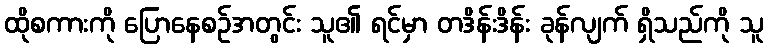
ထိုစကားကို ပြောနေစဉ်အတွင်း သူ၏ ရင်မှာ တဒိန်းဒိန်း ခုန်လျက် ရှိသည်ကို သူ